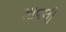
માવલી